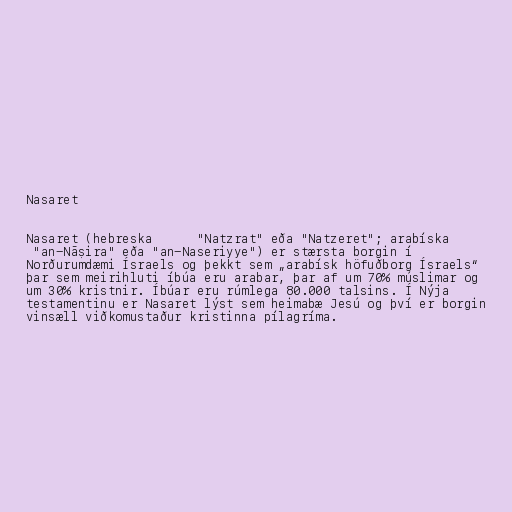
Nasaret

Nasaret (hebreska נָצְרַת "Natzrat" eða "Natzeret"; arabíska
اَلنَّاصِرَة‎ "an-Nāṣira" eða "an-Naseriyye") er stærsta borgin í
Norðurumdæmi Ísraels og þekkt sem „arabísk höfuðborg Ísraels“
þar sem meirihluti íbúa eru arabar, þar af um 70% múslimar og
um 30% kristnir. Íbúar eru rúmlega 80.000 talsins. Í Nýja
testamentinu er Nasaret lýst sem heimabæ Jesú og því er borgin
vinsæll viðkomustaður kristinna pílagríma.